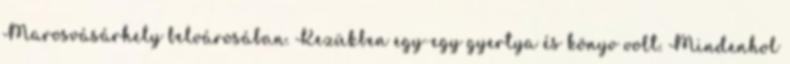
Marosvásárhely belvárosában. Kezükben egy-egy gyertya és könyv volt. Mindenhol